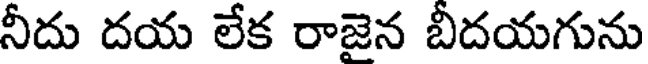
నీదు దయ లేక రాజైన బీదయగును